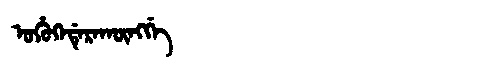
Manchu: ᡠᡥᡠᡴᡝᡩᡝᡵᠠᡴᡡᠩᡤᡝ
Romanization: UHUKEDERAKŪNGGE